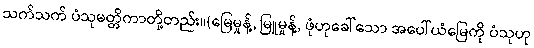
သက်သက် ပံသုမတ္တိကာတို့တည်း။(မြေမှုန့်, မြူမှုန့်, ဖုံဟုခေါ်သော အပေါ်ယံမြေကို ပံသုဟု